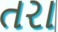
તરા